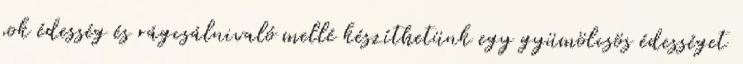
sok édesség és rágcsálnivaló mellé készíthetünk egy gyümölcsös édességet